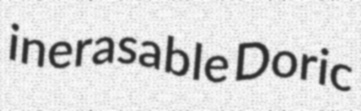
inerasable Doric